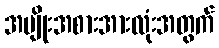
အမျိုးအစားအားလုံးအတွက်